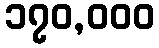
၁၇၀,၀၀၀